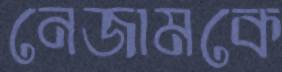
নেজামকে